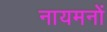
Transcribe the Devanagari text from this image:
नायमनों